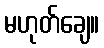
မဟုတ်ချေ။